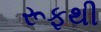
રૂફથી